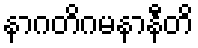
နာဂတိဂမနာနီတိ